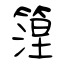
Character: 篞